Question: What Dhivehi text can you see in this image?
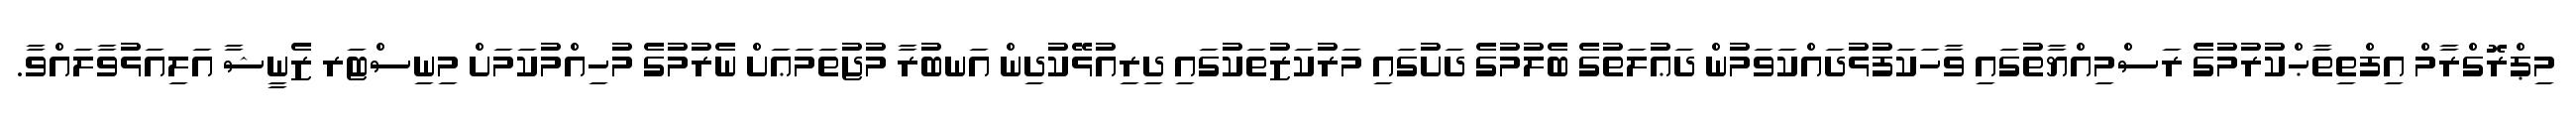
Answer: މިޕްރޮގްރާމް އިފްތިތާޙްކުރުމުގެ ރަސްމިއްޔާތުގައި ވާހަކަފުޅުދައްކަވަމުން ދަޢުލަތުގެ ބެލުމުގެ ދަށުގައި މަރުކަޒުތަކުގައި ދިރިއުޅޭކުދިން އަނބުރާ މުޖުތަމަޢަށް ނެރުމުގެ މުހިއްމުކަމަށް މިނިސްޓަރ ޒެނީޝާ އަލިއަޅުވާލައްވާ.